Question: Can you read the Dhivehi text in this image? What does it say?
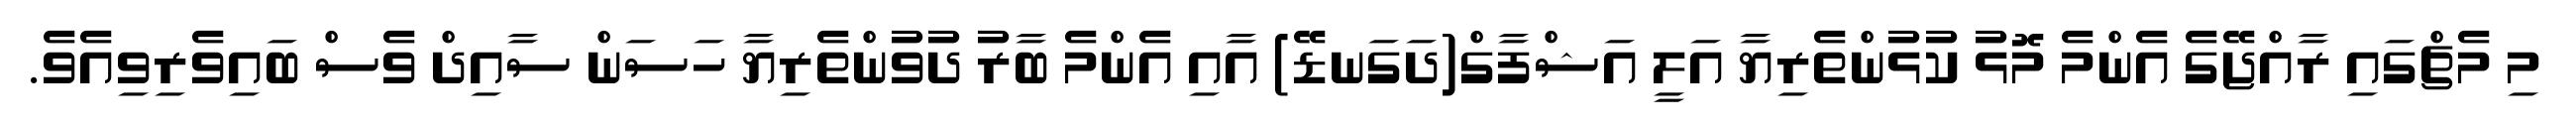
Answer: މި މެޗްގައި ރާއްޖޭގެ އެންމެ މޮޅު ކުޅުންތެރިޔާ އަލީ އަޝްފާގް(ދަގަނޑޭ) އާއި އެންމެ ބާރު ދުވުންތެރިޔާ ހަސަން ސާއިދް ވެސް ބައިވެރިވިއެވެ.